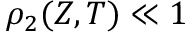
\rho _ { 2 } ( Z , T ) \ll 1